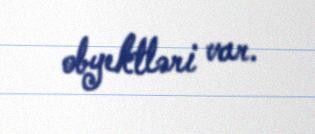
obyektləri var.